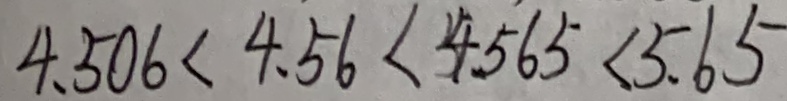
4 . 5 0 6 < 4 . 5 6 < 4 . 5 6 5 < 5 . 6 5